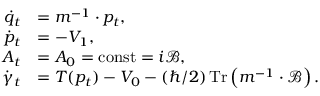
\begin{array} { r l } { \dot { q } _ { t } } & { = m ^ { - 1 } \cdot p _ { t } , } \\ { \dot { p } _ { t } } & { = - V _ { 1 } , } \\ { A _ { t } } & { = A _ { 0 } = \operatorname { c o n s t } = i \mathcal { B } , } \\ { \dot { \gamma } _ { t } } & { = T ( p _ { t } ) - V _ { 0 } - ( \hbar / 2 ) \operatorname * { T r } \left( m ^ { - 1 } \cdot \mathcal { B } \right) . } \end{array}